Indian journal of veterinary science and animal husbandry - Volume 14,
Year: 1944
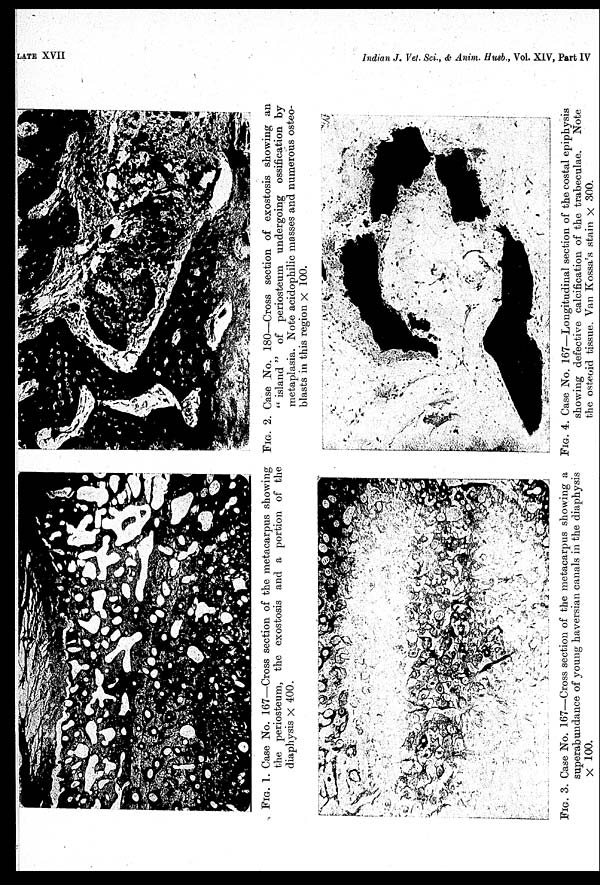
PLATE XVII
Indian J. Vel. Sei., & Anim. Husb., Vol. XIV, Part IV
FIG. 1. Case No. 167—Cross section of the metacarpus showing
the periosteum, the exostosis and a portion of the
diaphvsis × 400.
FIG. 2. Case No. 180—Cross section of exostosis showing an
" island " of periosteum undergoing ossification by
metaplasia. Note acidophilic masses and numerous osteo-
blasts in this region × 100.
FIG. 3. Case No. 167—Cross section of the metacarpus showing a
superabundance of young haversian canals in the diaphysis
× 100.
FIG. 4. Case No. 167—Longitudinal section of the costal epiphysis
showing defective calcification of the trabeculae.
Note
the osteoid tissue. Van Kossa's stain × 300.